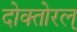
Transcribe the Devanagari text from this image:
दोक्तोरल्